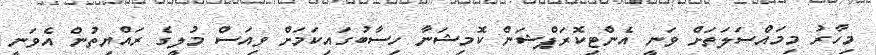
މިހާރު މިމައްސަލަތަށް ވަނީ އެންޓިކޮރަޕްޝަން ކޮމިޝަނާ ހިސާބުގައިކަމަށް ވިއަސް މުލީގެ ރައްޔިތުން އެވަނީ